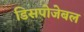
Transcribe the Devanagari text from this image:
डिसपोजेबल